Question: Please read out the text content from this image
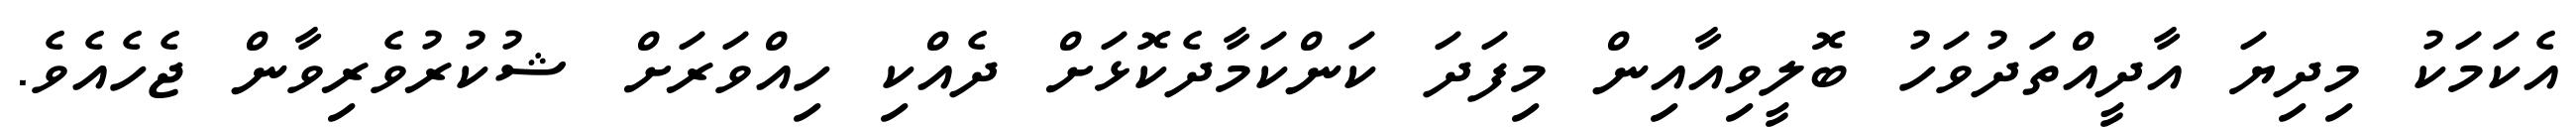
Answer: އެކަމަކު މިދިޔަ އާދީއްތަދުވަހު ބޮލީވިއާއިން މިފަދަ ކަންކަމާދެކޮޅަށް ދެއްކި ހިއްވަރަށް ޝުކުރުވެރިވާން ޖެހެއެވެ.